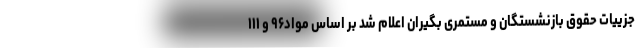
جزییات حقوق بازنشستگان و مستمری بگیران اعلام شد بر اساس مواد۹۶ و ۱۱۱